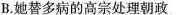
B.她替多病的高宗处理朝政